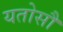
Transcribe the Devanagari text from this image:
यतोसौ